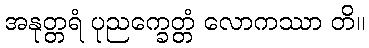
အနုတ္တရံ ပုညက္ခေတ္တံ လောကဿာ တိ။